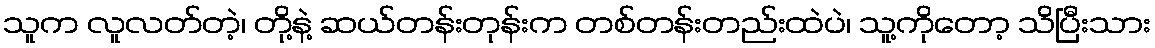
သူက လူလတ်တဲ့၊ တို့နဲ့ ဆယ်တန်းတုန်းက တစ်တန်းတည်းထဲပဲ၊ သူ့ကိုတော့ သိပြီးသား